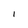
Character: I